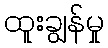
ထူးချွန်မှု